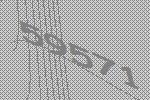
59571